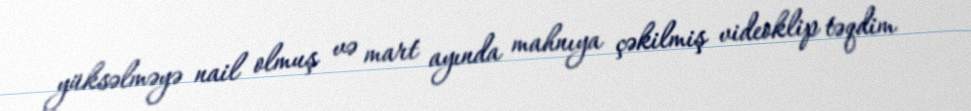
yüksəlməyə nail olmuş və mart ayında mahnıya çəkilmiş videoklip təqdim